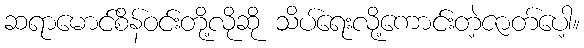
ဆရာမောင်စိန်ဝင်းတို့လိုဆို သိပ်ရေးလို့ကောင်းတဲ့ဇာတ်ပေါ့။